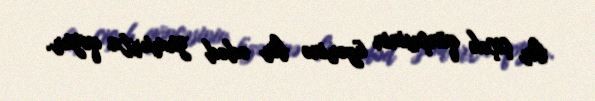
bir çiçək qönçəsinin üzərinə bir ədəd yumurta qoyur.